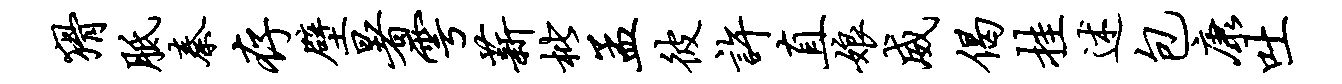
猾胝秦存壁暑雩薪枇孟彼许直娘威偈挂述包康吐